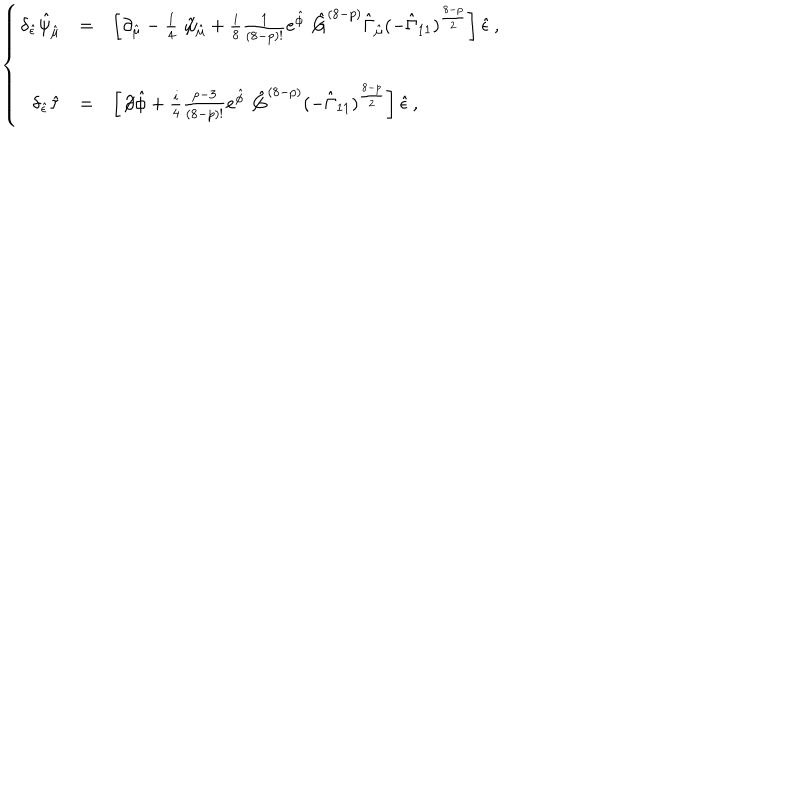
\left\{ \begin{array} { r c l } { { \delta _ { \hat { \epsilon } } \hat { \psi } _ { \hat { \mu } } } } & { { = } } & { { \left[ \partial _ { \hat { \mu } } - \textstyle \frac { 1 } { 4 } \not \! \hat { \omega } _ { \hat { \mu } } + \textstyle \frac { i } { 8 } \textstyle \frac { 1 } { ( 8 - p ) ! } e ^ { \hat { \phi } } \not \! \hat { G } ^ { ( 8 - p ) } \hat { \Gamma } _ { \hat { \mu } } ( - \hat { \Gamma } _ { 1 1 } ) ^ { \frac { 8 - p } { 2 } } \right] \hat { \epsilon } \, , } } \\ { { } } & { { } } & { { } } \\ { { \delta _ { \hat { \epsilon } } \hat { \tau } } } & { { = } } & { { \left[ \not \! \partial \hat { \phi } + \textstyle \frac { i } { 4 } \textstyle \frac { p - 3 } { ( 8 - p ) ! } e ^ { \hat { \phi } } \not \! \hat { G } ^ { ( 8 - p ) } ( - \hat { \Gamma } _ { 1 1 } ) ^ { \frac { 8 - p } { 2 } } \right] \hat { \epsilon } \, , } } \\ \end{array} \right.